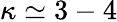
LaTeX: \kappa\simeq 3-4